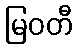
မြဝတီ